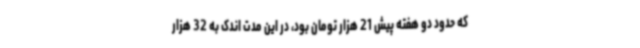
که حدود دو هفته پیش 21 هزار تومان بود، در این مدت اندک به 32 هزار